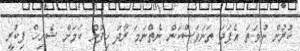
ކުރުން ނުވަތަ އެފަދަ ތަނަވަސްކަން ނެތްނަމަ ރޯދަ ހިފުން ކަމަށް ޝެއިހް ފިކުރީ